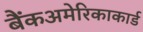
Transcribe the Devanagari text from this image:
बैंकअमेरिकाकार्ड